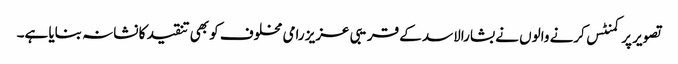
تصویر پر کمنٹس کرنے والوں نے بشارالاسد کے قریبی عزیز رامی مخلوف کو بھی تنقید کا نشانہ بنایا ہے۔